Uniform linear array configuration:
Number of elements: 8
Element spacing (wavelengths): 0.75
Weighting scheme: kaiser
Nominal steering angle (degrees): -15
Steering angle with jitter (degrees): -13.303
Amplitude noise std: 0.05
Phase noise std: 0.05

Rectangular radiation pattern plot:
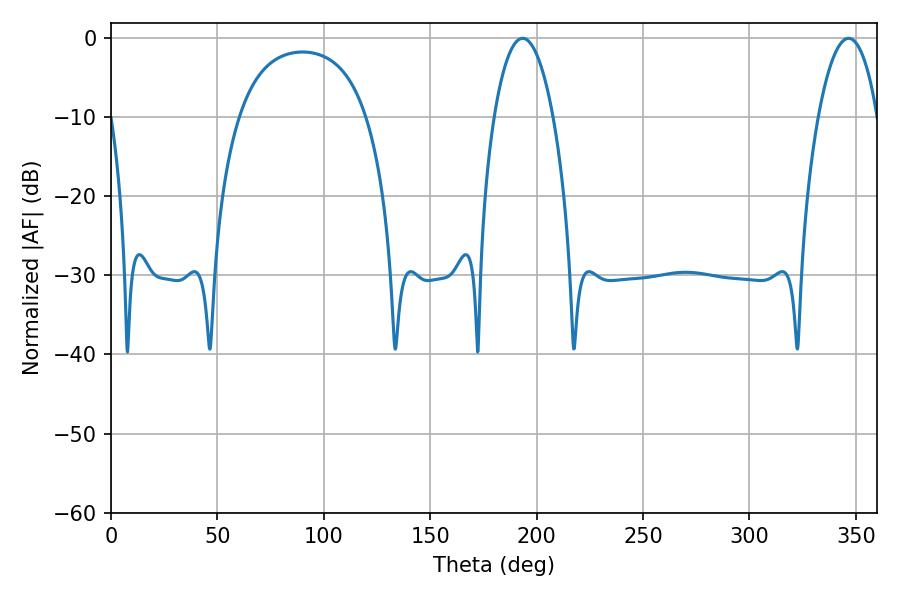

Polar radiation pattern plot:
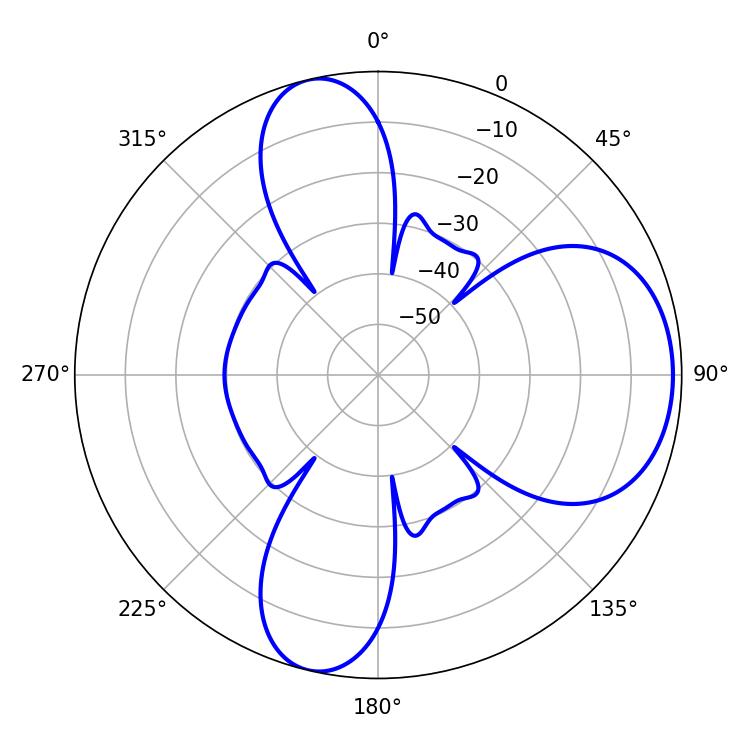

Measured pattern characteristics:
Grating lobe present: TRUE
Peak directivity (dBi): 7.841
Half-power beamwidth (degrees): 15.48
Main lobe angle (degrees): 193.5